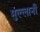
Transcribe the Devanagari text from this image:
मुल्लानी